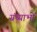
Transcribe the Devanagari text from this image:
ग्रंथ्याभों